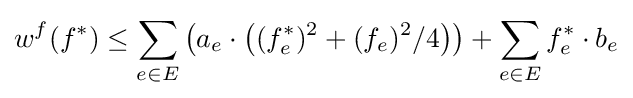
w^{f}(f^{*})\leq \sum _{e\in E}\left(a_{e}\cdot \left((f_{e}^{*})^{2}+(f_{e})^{2}/4\right)\right)+\sum _{e\in E}f_{e}^{*}\cdot b_{e}